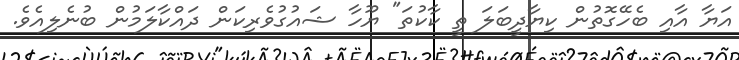
އަޔާ އާއި ބެހޭގޮތުން ކިޔާދީބަލަ ތީ ކާކުތަ" ޔޫހާ ޝައުގުވެރިކަން ދައްކާލަމުން ބުނެލިއެވެ.